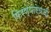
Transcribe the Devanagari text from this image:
फिरण्याऐवजी